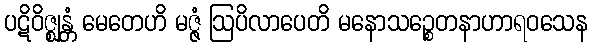
ပဋိဝိဇ္ဈန္တံ မေတေဟိ မဇ္ဇံ ဩပိလာပေတိ မနောသဉ္စေတနာဟာရဝသေန